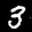
Label: 3